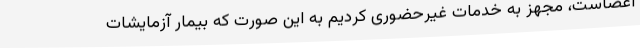
اعضاست، مجهز به خدمات غیرحضوری کردیم به این صورت که بیمار آزمایشات